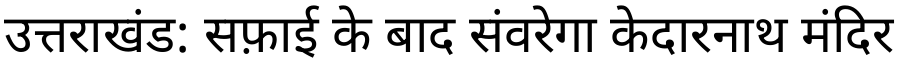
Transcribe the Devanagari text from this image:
उत्तराखंड: सफ़ाई के बाद संवरेगा केदारनाथ मंदिर